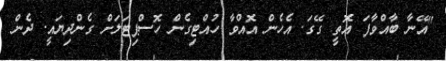
"އޭނާ ބާއްވާފަ އޮތީ ގޭގަ. އެހެން އޮއްވާ ހުއްޓިގެން ހޮސްޕިޓަލަށް ގެންދިޔައީ. ދެން